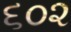
૬૦૨